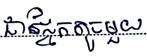
ជាផ្នែកតូច